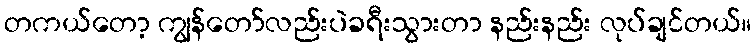
တကယ်တော့ ကျွန်တော်လည်းပဲခရီးသွားတာ နည်းနည်း လုပ်ချင်တယ်။